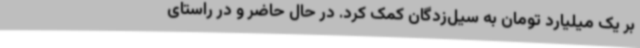
بر یک میلیارد تومان به سیل‌زدگان کمک کرد. در حال حاضر و در راستای